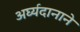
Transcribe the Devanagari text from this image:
अर्घ्यदानाने